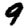
Digit: 9